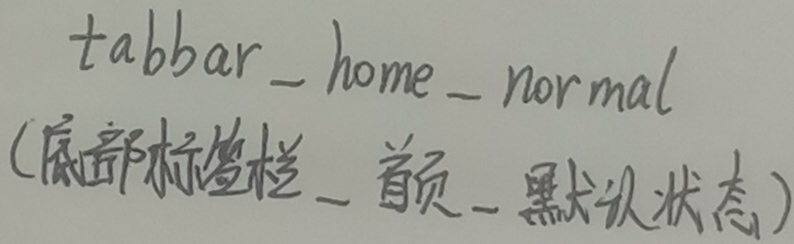
tabbar\_home\_normal(底部标签栏\_首页\_默认状态)